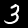
Digit: 3